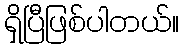
ရှိပြီဖြစ်ပါတယ်။